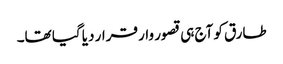
طارق کو آج ہی قصور وار قرار دیا گیا تھا۔